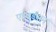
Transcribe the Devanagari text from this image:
एडवर्डसन